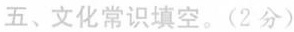
五、文化常识填空。(2分)